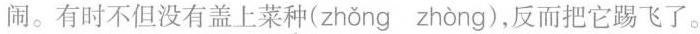
闹。有时不但没有盖上菜种(zhǒng zhòng)，反而把它踢飞了。